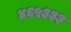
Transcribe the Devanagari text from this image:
४६५३३३